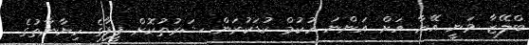
ބްލޭޒާ ވަނީ އޭނާ އަށް އަންނަ ހުކުމް ކުޑަކުރަން ޝަރުތުކޮށް ފީފާގެ ހިޔާނާތުގެ